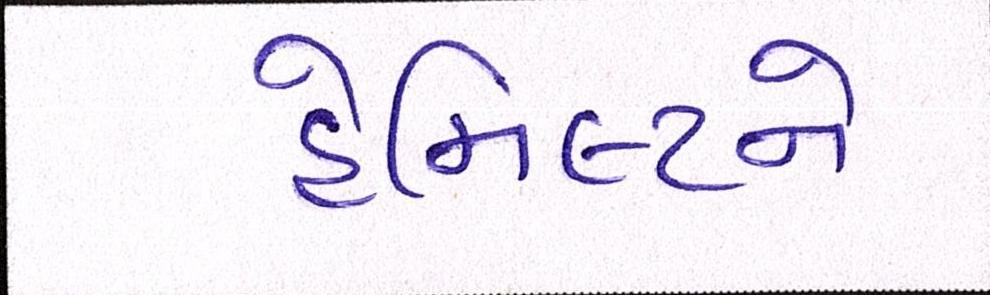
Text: હેમિલ્ટને